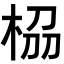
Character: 𭪁